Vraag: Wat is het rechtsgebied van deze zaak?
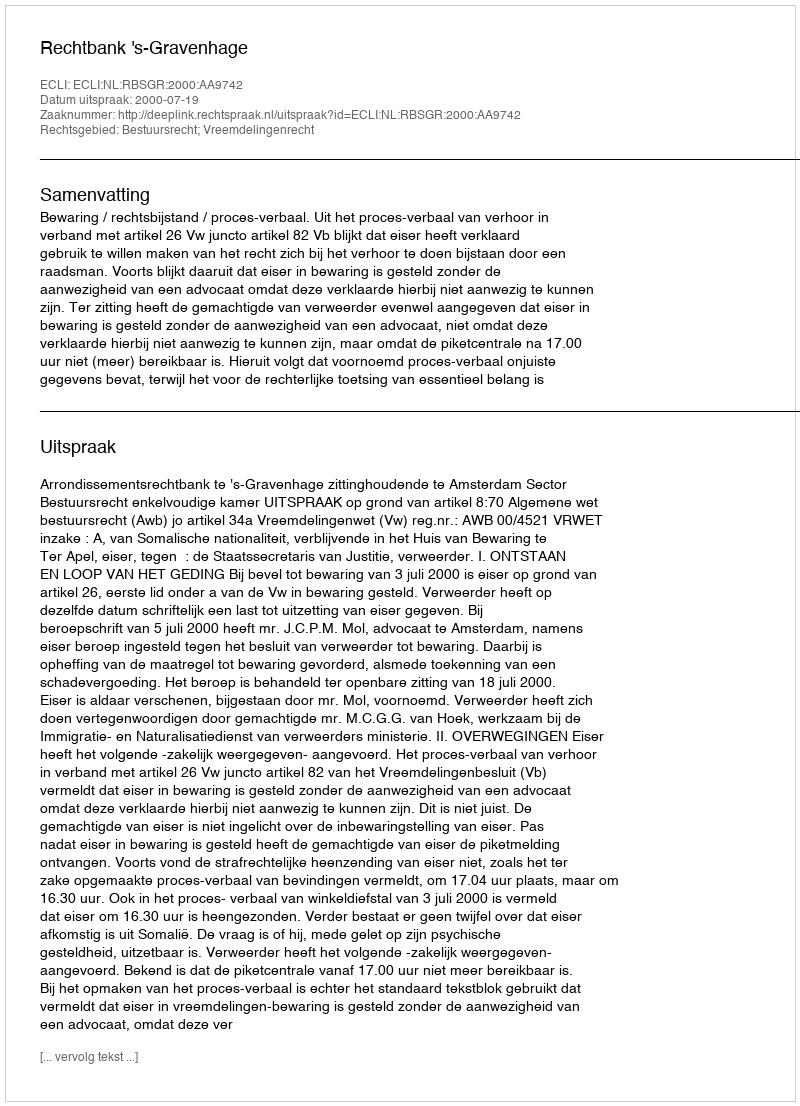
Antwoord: Bestuursrecht; Vreemdelingenrecht